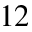
^ { 1 2 }